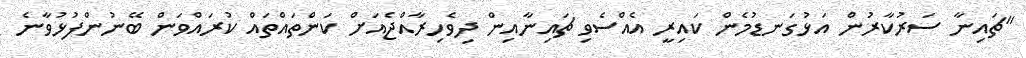
"ޗައިނާ ސަރުކާރުން އަޅުގަނޑުމެން ކައިރީ އެއްސެވި ޗައިނާއިން ދިވެހިރާއްޖެއަށް ކަންތައްތައް ކުރައްވަން ބޭނުންފުޅުވާނެ